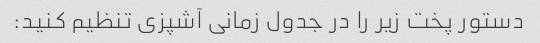
دستور پخت زیر را در جدول زمانی آشپزی تنظیم کنید: